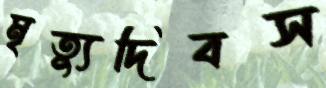
মৃত্যুদিবস